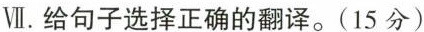
Ⅶ。给句子选择正确的翻译。(15分)